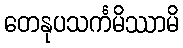
တေနုပသင်္ကမိဿာမိ